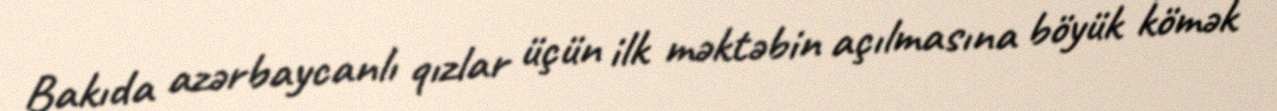
Bakıda azərbaycanlı qızlar üçün ilk məktəbin açılmasına böyük kömək